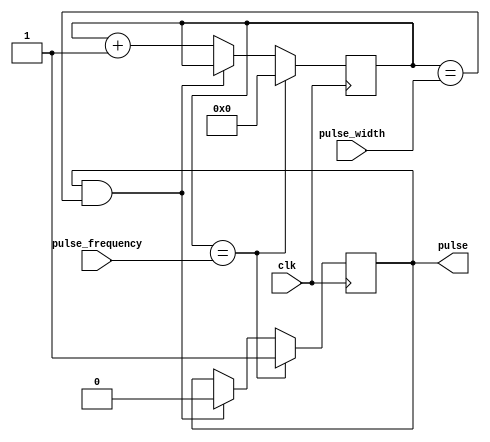
module Simple_Pulse_Generator (
  input wire clk,
  input wire [7:0] pulse_width,
  input wire [7:0] pulse_frequency,
  output reg pulse
);

reg [15:0] counter;

always @ (posedge clk) begin
  if (counter == pulse_frequency) begin
    pulse <= 1;
    counter <= 0;
  end else begin
    if (pulse == 1 && counter == pulse_width) begin
      pulse <= 0;
    end else begin
      counter <= counter + 1;
    end
  end
end

endmodule